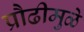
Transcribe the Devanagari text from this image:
प्रौढीमुळे